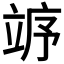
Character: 𱷨